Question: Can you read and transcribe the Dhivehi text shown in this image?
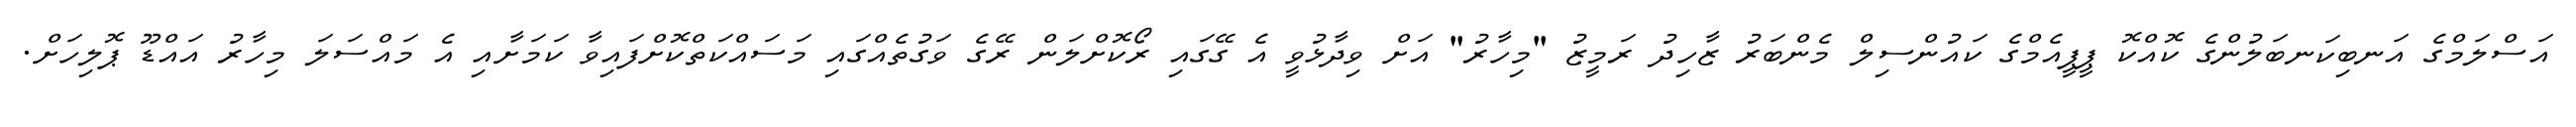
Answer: އަސްލަމްގެ އަނބިކަނބަލުންގެ ކޮއްކޮ ޕީޕީއެމްގެ ކައުންސިލް މެންބަރު ޒާހިދު ރަމީޒު "މިހާރު" އަށް ވިދާޅުވީ އެ ގޭގައި ރޯކޮށްލަން ރޭގެ ވަގުތެއްގައި މަސައްކަތްކޮށްފައިވާ ކަމަށާއި އެ މައްސަލަ މިހާރު އައްޑޫ ޕޮލިހަށް.